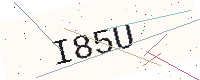
Text: I85U